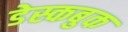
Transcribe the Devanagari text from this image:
डेस्कबुक